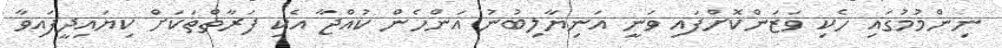
ނިންމުމުގައި ހެކި ވަޒަންކޮށްފައި ވަނީ އަނިޔާލިބުނު އަންހެން ކުއްޖާ އެކި ފަރާތްތަކަށް ކިޔައިދީފައިވާ